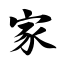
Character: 家